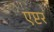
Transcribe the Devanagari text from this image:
एप्टर